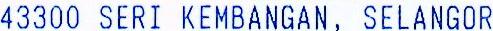
43300 SERI KEMBANGAN, SELANGOR